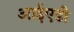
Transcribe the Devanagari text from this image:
आईएडी